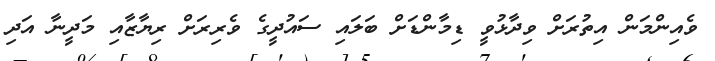
ވެއިންމަން އިތުރަށް ވިދާޅުވީ ޑިމާންޑަށް ބަލައި ސައުދީގެ ވެރިރަށް ރިޔާޒާއި މަދީނާ އަދި